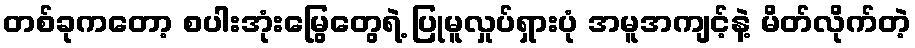
တစ်ခုကတော့ စပါးအုံးမြွေတွေရဲ့ ပြုမူလှုပ်ရှားပုံ အမူအကျင့်နဲ့ မိတ်လိုက်တဲ့